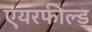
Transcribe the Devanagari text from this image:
एयरफील्‍ड